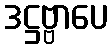
ဒဋ္ဌဗ္ဗာပေ